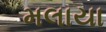
મલાયા